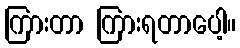
ကြားတာ ကြားရတာပေါ့။